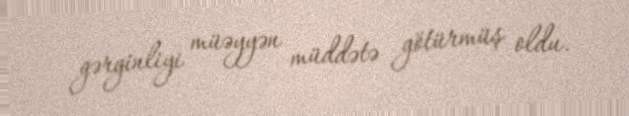
gərginliyi müəyyən müddətə götürmüş oldu.